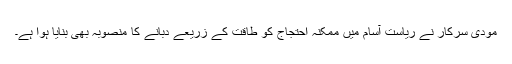
مودی سرکار نے ریاست آسام میں ممکنہ احتجاج کو طاقت کے زریعے دبانے کا منصوبہ بھی بنایا ہوا ہے۔